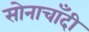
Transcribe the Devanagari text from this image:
सोनाचाँदी